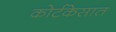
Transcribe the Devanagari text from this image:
कोर्टकेसात